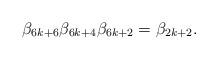
LaTeX: \begin{align*}\beta_{6k+6}\beta_{6k+4}\beta_{6k+2} = \beta_{2k+2}.\end{align*}